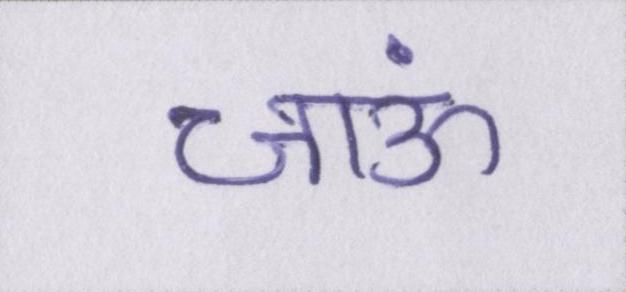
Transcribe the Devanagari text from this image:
जाऊं